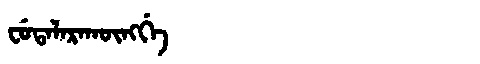
Manchu: ᠸᡠᡨᠠᠯᠠᡵᠠᡴᡡᠩᡤᡝ
Romanization: FUTALARAKŪNGGE